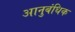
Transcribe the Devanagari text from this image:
आनुबंधिक